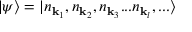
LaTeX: | \psi \rangle = | n _ { { \mathbf { k } } _ { 1 } } , n _ { { \mathbf { k } } _ { 2 } } , n _ { { \mathbf { k } } _ { 3 } } . . . n _ { { \mathbf { k } } _ { l } } , . . . \rangle